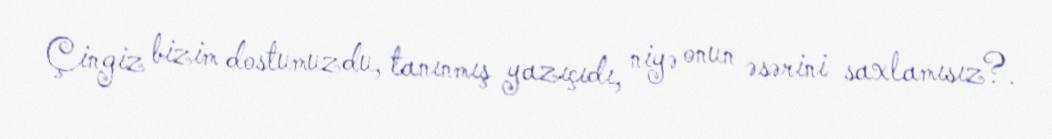
Çingiz bizim dostumuzdu, tanınmış yazıçıdı, niyə onun əsərini saxlamısız?.